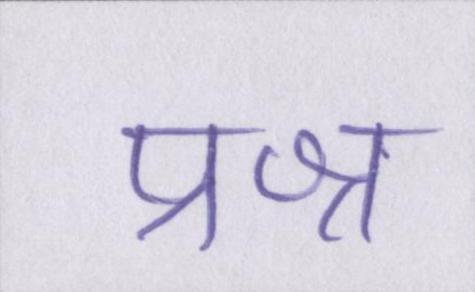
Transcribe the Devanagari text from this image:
प्रश्न